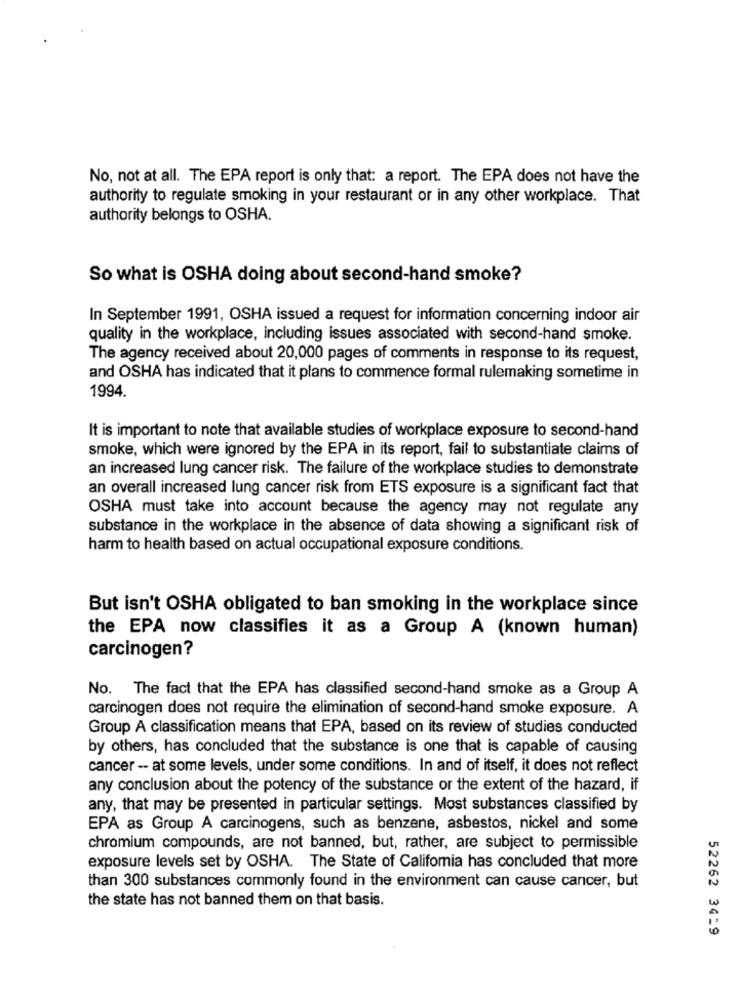
No, not at all. The EPA report is only that: a report. The EPA does not have the
authority to regulate smoking in your restaurant or in any other workplace. That
authority belongs to OSHA.
So what is OSHA doing about second-hand smoke?
In September 1991, OSHA issued a request for information concerning indoor air
quality in the workplace, including issues associated with second-hand smoke.
The agency received about 20,000 pages of comments in response to its request,
and OSHA has indicated that it plans to commence formal rulemaking sometime in
1994.
It is important to note that available studies of workplace exposure to second-hand
smoke, which were ignored by the EPA in its report, fail to substantiate claims of
an increased lung cancer risk. The failure of the workplace studies to demonstrate
an overall increased lung cancer risk from ETS exposure is a significant fact that
OSHA must take into account because the agency may not regulate any
substance in the workplace in the absence of data showing a significant risk of
harm to health based on actual occupational exposure conditions.
But isn't OSHA obligated to ban smoking in the workplace since
the EPA now classifies it as a Group A (known human)
carcinogen?
No. The fact that the EPA has classified second-hand smoke as a Group A
carcinogen does not require the elimination of second-hand smoke exposure. A
Group A classification means that EPA, based on its review of studies conducted
by others, has concluded that the substance is one that is capable of causing
cancer -- at some levels, under some conditions. In and of itself, it does not reflect
any conclusion about the potency of the substance or the extent of the hazard, if
any, that may be presented in particular settings. Most substances classified by
EPA as Group A carcinogens, such as benzene, asbestos, nickel and some
chromium compounds, are not banned, but, rather, are subject to permissible
exposure levels set by OSHA. The State of California has concluded that more
than 300 substances commonly found in the environment can cause cancer, but
the state has not banned them on that basis.
52262 3429